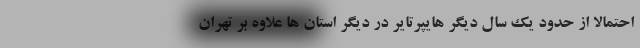
احتمالا از حدود یک سال دیگر هایپرتایر در دیگر استان ها علاوه بر تهران